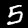
Digit: 5